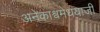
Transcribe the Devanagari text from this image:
अनेकाश्वमेधयाजी